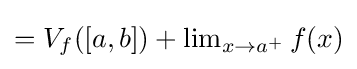
=V_{f}([a,b])+\lim \nolimits _{x\to a^{+}}f(x)